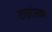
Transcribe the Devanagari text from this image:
टाइटेनाइट